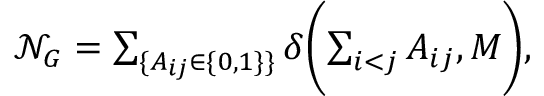
\begin{array} { r } { \mathcal { N } _ { G } = \sum _ { \{ A _ { i j } \in \{ 0 , 1 \} \} } \delta \biggl ( \sum _ { i < j } A _ { i j } , M \biggr ) , } \end{array}